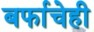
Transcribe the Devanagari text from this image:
बर्फाचेही